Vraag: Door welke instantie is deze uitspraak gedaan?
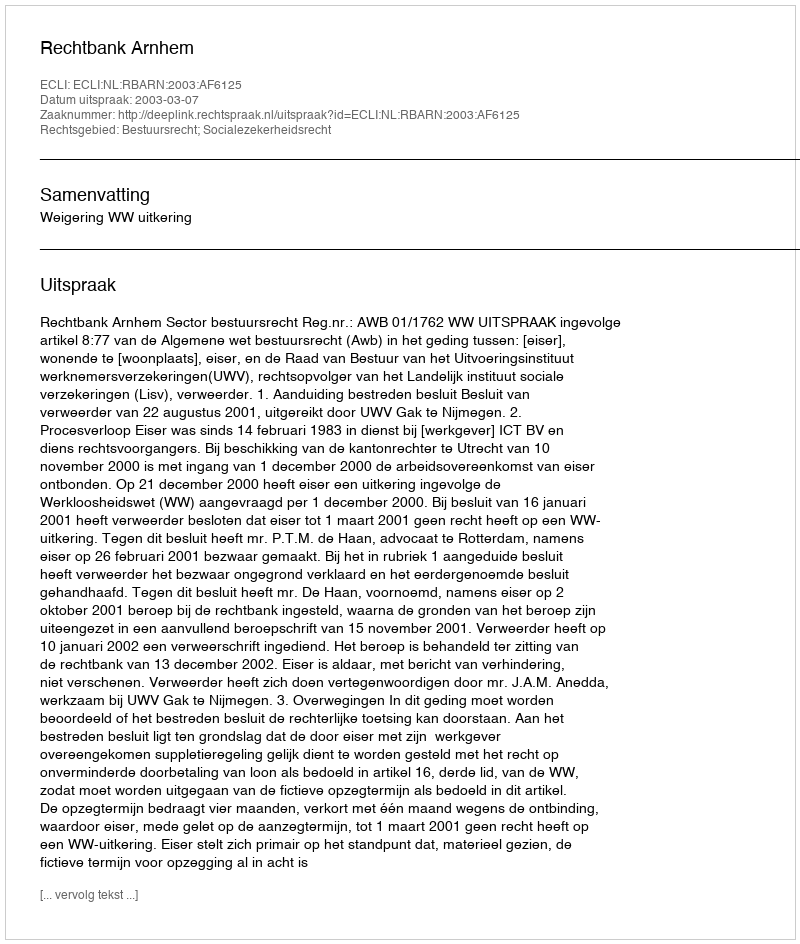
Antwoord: Rechtbank Arnhem